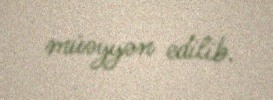
müəyyən edilib.